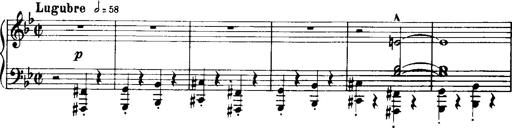
Title: Historische ungarische Bildnisse
Composer: Franz Liszt